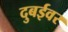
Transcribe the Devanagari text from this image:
दुबईवर